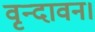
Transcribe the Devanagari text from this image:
वृन्दावन।